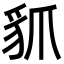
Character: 䝖